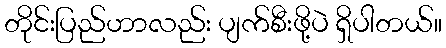
တိုင်းပြည်ဟာလည်း ပျက်စီးဖို့ပဲ ရှိပါတယ်။